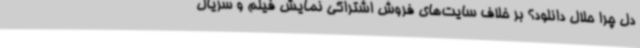
دل چرا حلال دانلود؟ بر خلاف سایت‌های فروش اشتراکی نمایش فیلم و سریال